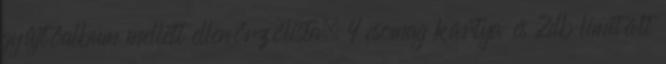
gyűjtőalbum mellett ellenőrzőlista, 4 csomag kártya és 2db limitált